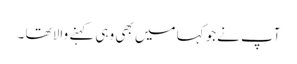
آپ نےجو کہا میں بھی وہی کہنے والا تھا ۔